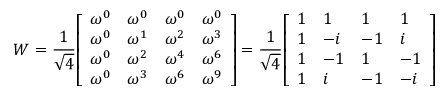
W = { \frac { 1 } { \sqrt { 4 } } } { \left[ \begin{array} { l l l l } { \omega ^ { 0 } } & { \omega ^ { 0 } } & { \omega ^ { 0 } } & { \omega ^ { 0 } } \\ { \omega ^ { 0 } } & { \omega ^ { 1 } } & { \omega ^ { 2 } } & { \omega ^ { 3 } } \\ { \omega ^ { 0 } } & { \omega ^ { 2 } } & { \omega ^ { 4 } } & { \omega ^ { 6 } } \\ { \omega ^ { 0 } } & { \omega ^ { 3 } } & { \omega ^ { 6 } } & { \omega ^ { 9 } } \end{array} \right] } = { \frac { 1 } { \sqrt { 4 } } } { \left[ \begin{array} { l l l l } { 1 } & { 1 } & { 1 } & { 1 } \\ { 1 } & { - i } & { - 1 } & { i } \\ { 1 } & { - 1 } & { 1 } & { - 1 } \\ { 1 } & { i } & { - 1 } & { - i } \end{array} \right] }